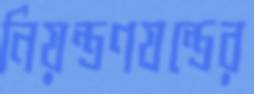
নিয়ন্ত্রণযন্ত্রের